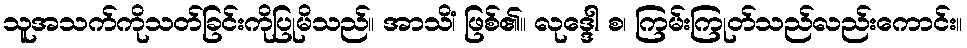
သူအသက်ကိုသတ်ခြင်းကိုပြုမိသည်။ အာသိံ၊ ဖြစ်၏။ လုဒ္ဒေါ စ၊ ကြမ်းကြုတ်သည်လည်းကောင်း။